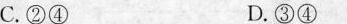
C.②④ D.③④